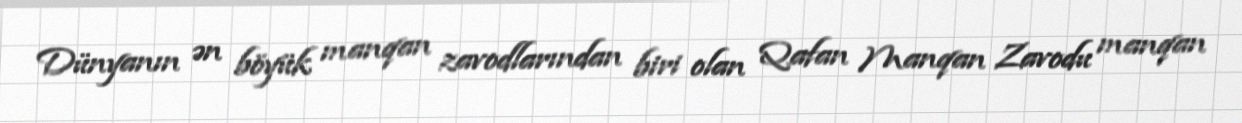
Dünyanın ən böyük manqan zavodlarından biri olan Qafan Manqan Zavodu manqan